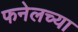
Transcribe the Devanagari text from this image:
फनेलच्या